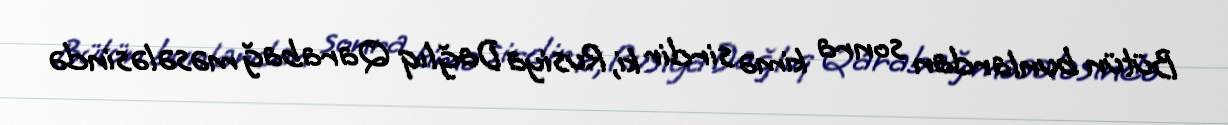
Bütün bunlardan sonra kimə sirdir ki, Rusiya Dağlıq Qarabağ məsələsində